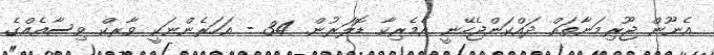
އެނޫން ޖޫރިމަނާތައް ދައްކަންޖެހޭނީ އެމެރިކާ ޑޮލަރުން. 34 - އަހަރެންނަކީ ވާރކް ވިސާއެއްގެ